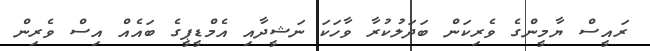
ރައީސް ޔާމީންގެ ވެރިކަން ބަދަލުކުރާ ވާހަކަ ނަޝީދާއި އެމްޑީޕީގެ ބައެއް އިސް ވެރިން